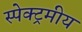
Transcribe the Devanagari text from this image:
स्पेक्ट्रमीय